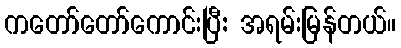
ကတော်တော်ကောင်းပြီ: အရမ်းမြန်တယ်။